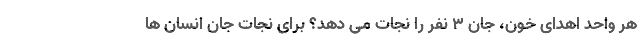
هر واحد اهدای خون، جان 3 نفر را نجات می دهد؟ برای نجات جان انسان ها